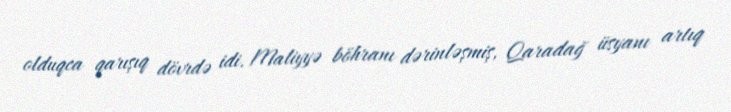
olduqca qarışıq dövrdə idi. Maliyyə böhranı dərinləşmiş, Qaradağ üsyanı artıq